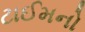
ટાઈમનો